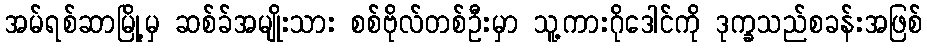
အမ်ရစ်ဆာမြို့မှ ဆစ်ခ်အမျိုးသား စစ်ဗိုလ်တစ်ဦးမှာ သူ့ကားဂိုဒေါင်ကို ဒုက္ခသည်စခန်းအဖြစ်